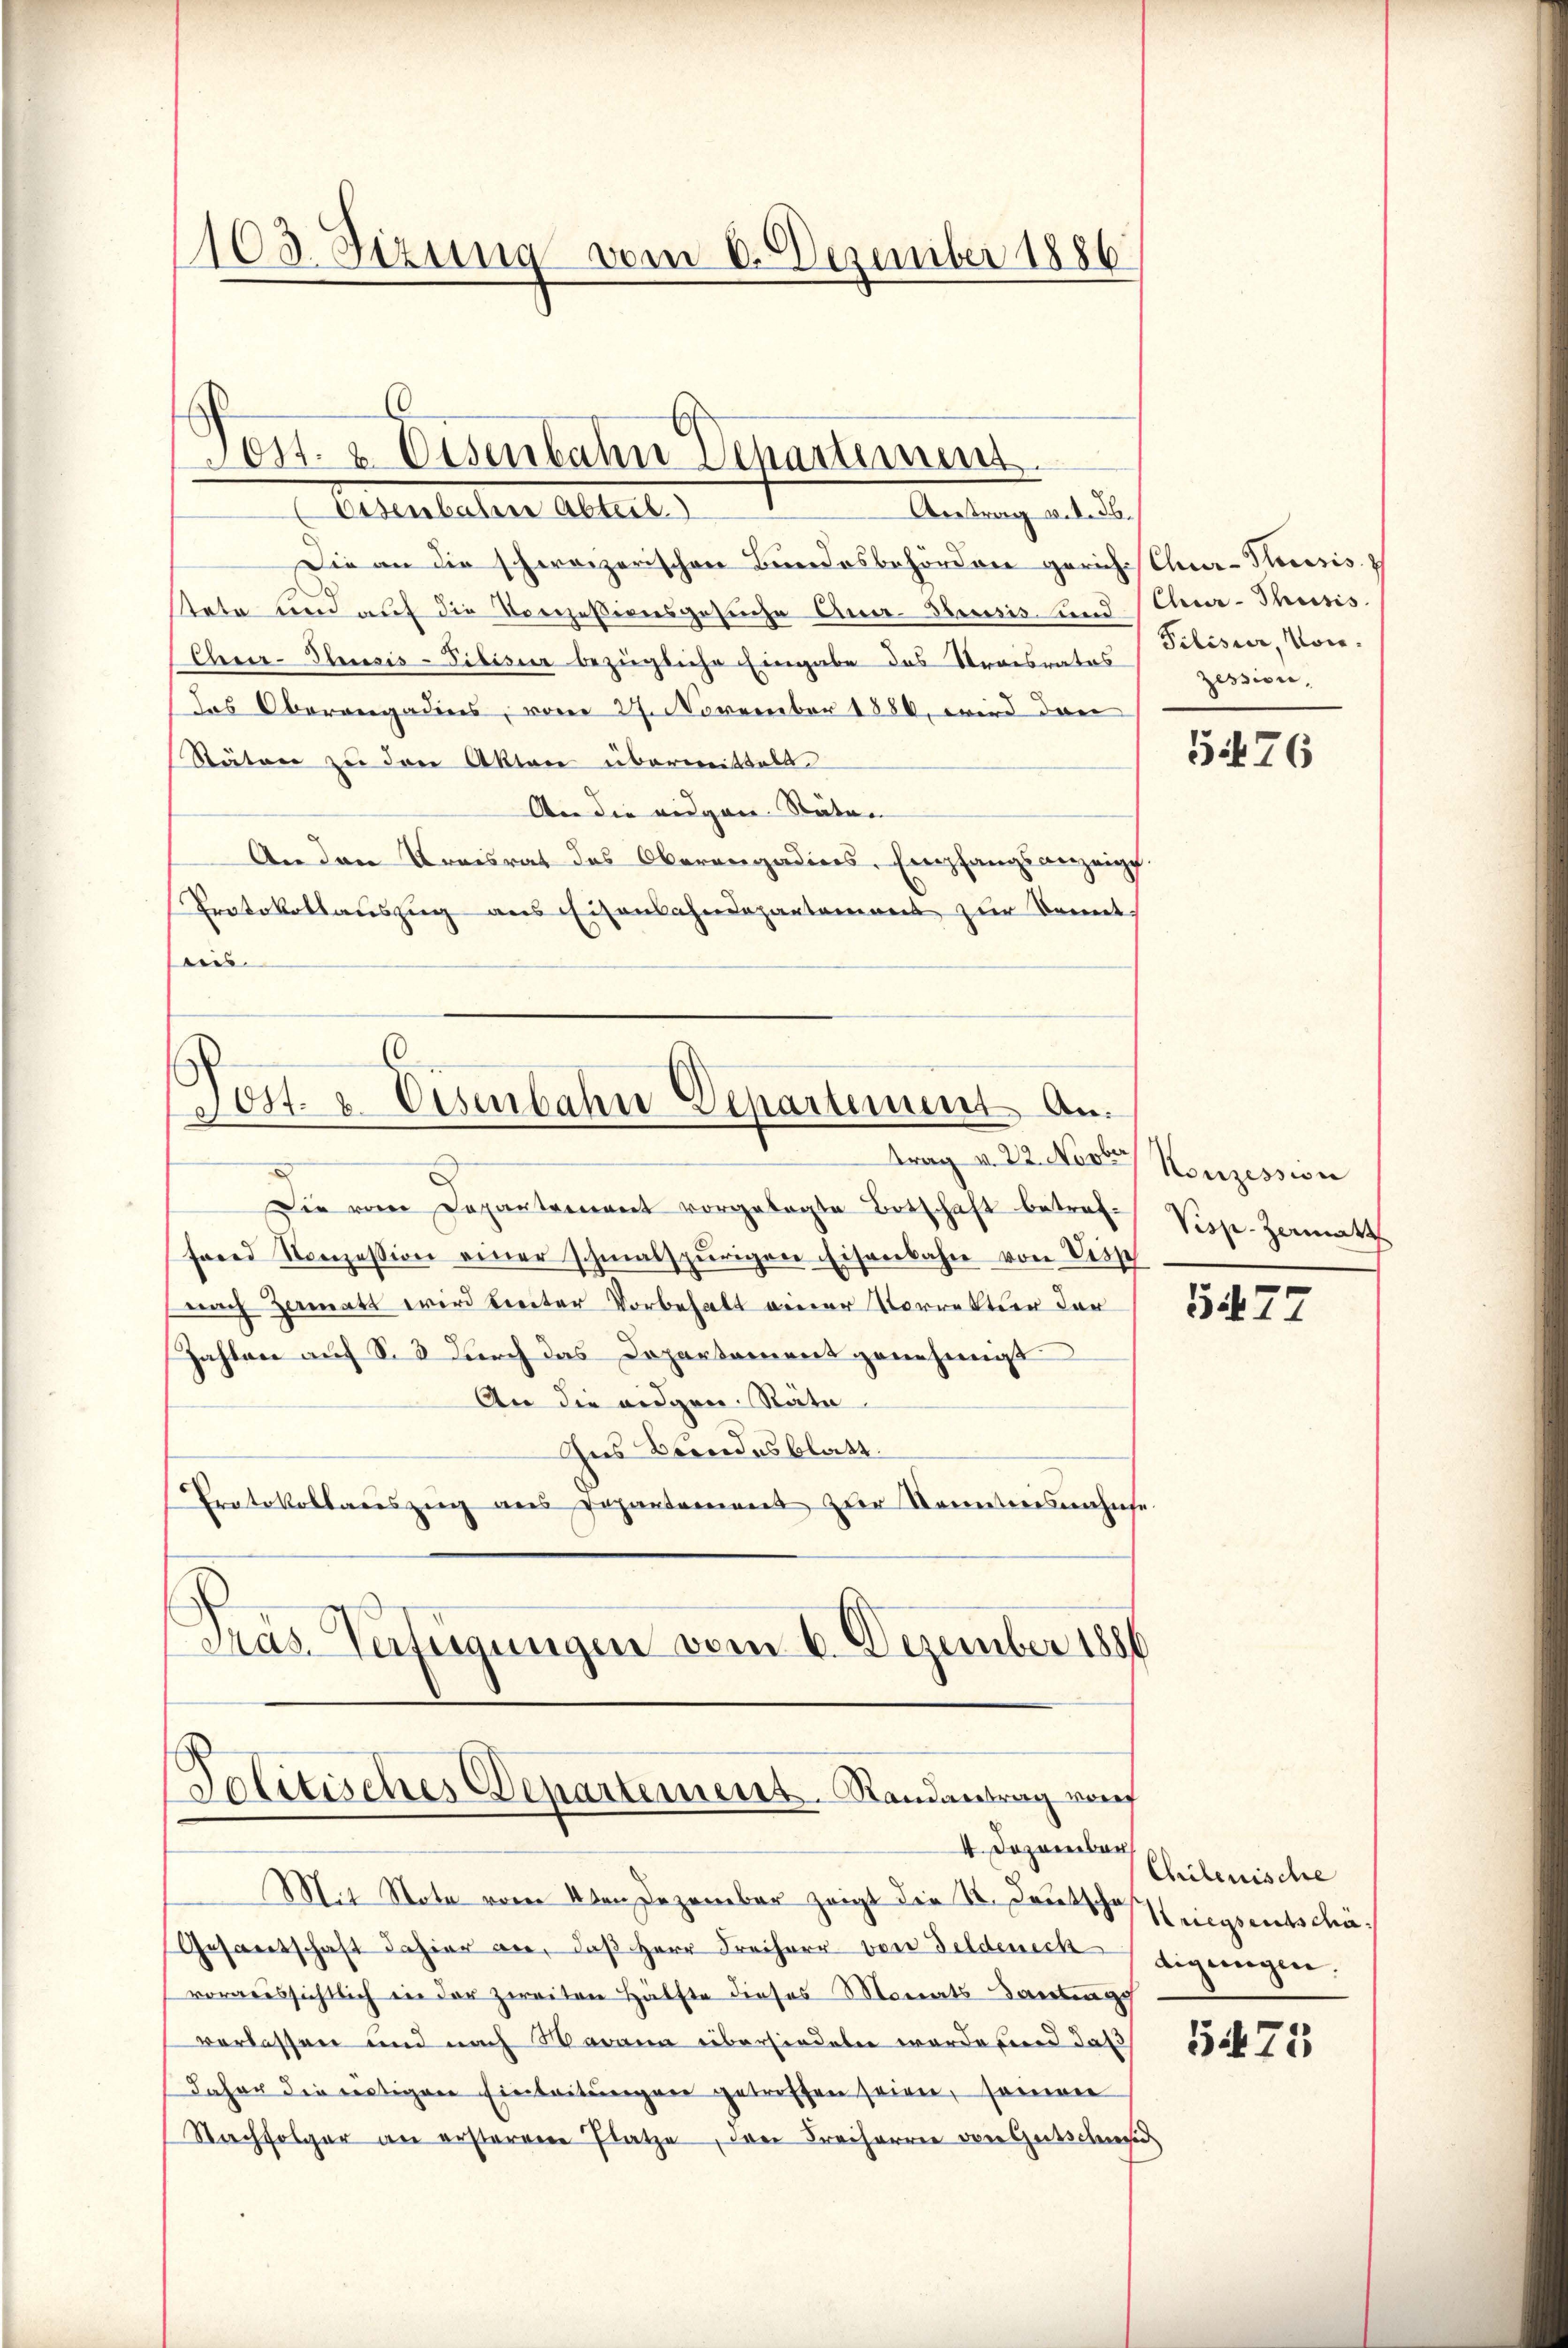
1103. Sizung vom 6. Dezember 1886.

Die an die schweizerischen Bundesbehörden gerich Chur-Herisis
stete und auf die Vorzessigensgesuche Ana-Seusis und Chur-Thusis
Chur-Thusis-Pibiser bezügliche Eingabe des Praesrates (Piliser, Von
das Oberangadiers, vom 27. November 1886, wird dann
Stäten zu den Akten übermittelt.
An die eigen Stäten
An den Kreisrat des Oberangadiers-Empfangsanzeigt.
Protokollauszug aus Eisenbahndepartemons zur konnt
iis.

Jos. & Eisenbahn Departement
Alterlebene Alterl
Aretrag v. I. Jb.

ost- & Eisenbahn Departement an.

Politisches Departemens Randantrag vom
4 Dezember

Die vom Departement vorgelegte Botschaft betref¬
Fried Konzession einer schmalspurigen Eisenbahn von Disse
nach Hermatt wird breiter Vorbehalt einer Vorretter der
Zahlen auf S. durch das Departement genehmigt
An die eidgen. Räte
Ins Brandesblatt.
Protokollauszug aus Departement zur Kenntnisnahmse
Präs. Verfügungen vom 6. Dezember 1886.

trag v. 22. Novber Konzession

Mit Note vom 4ten Dezember zeigt die K. Deutsche Kriegsentschä¬
Gesantschaft dahier an, daß Herr Freiherr von Feldeichtigungen:
voraussichtlich in der zweiten Hälfte dieses Monats Santings
verlassen und nach Warama übersiedeten worderend daß
Daher die restigen Einleitŭngen getreffen seien, soien
Nachfolger an ersteren Platze, den Freiherren von Gutschiesig

Zession,

5476

Visp. Zermatt

5477

Chilenische

5475